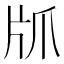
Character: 𰠙